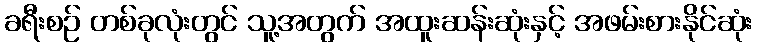
ခရီးစဉ် တစ်ခုလုံးတွင် သူ့အတွက် အထူးဆန်းဆုံးနှင့် အဖမ်းစားနိုင်ဆုံး